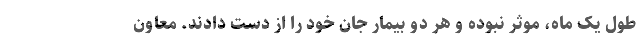
طول یک ماه، موثر نبوده و هر دو بیمار جان خود را از دست دادند. معاون